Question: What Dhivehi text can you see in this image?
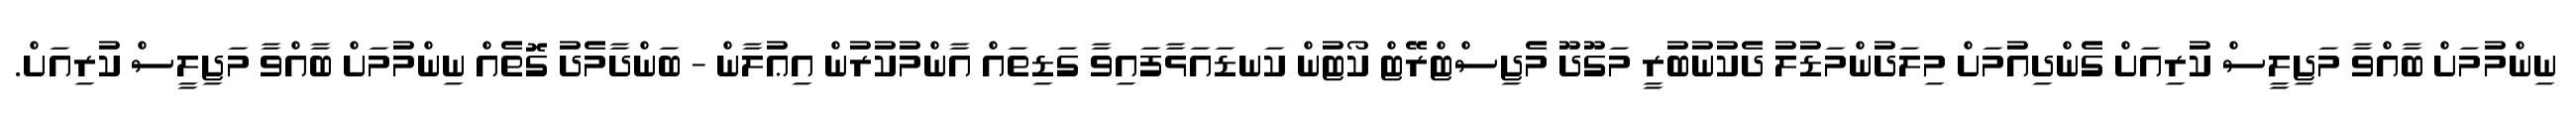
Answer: ނިންމުމަށް ބާއްވާ މަޖިލީސް ކުރިއަށް ގެންދިއުމަށް މިލަދުންމަޑުލު ދެކުނުބުރީ މަގޫދޫ މެޖިސްޓްރޭޓް ކޯޓުން ކަނޑައަޅާފައިވާ ގަޑިތައް އާންމުކުރުން އިޢުލާން - ބަންދާމެދު ގޮތެއް ނިންމުމަށް ބާއްވާ މަޖިލީސް ކުރިއަށް.